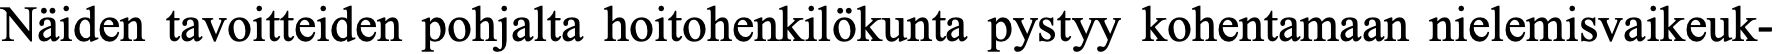
Näiden tavoitteiden pohjalta hoitohenkilökunta pystyy kohentamaan nielemisvaikeuk-